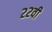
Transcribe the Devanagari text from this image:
२२वी